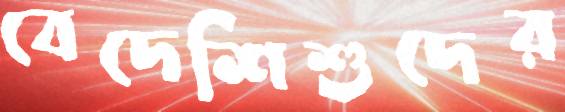
বেদেশিশুদের